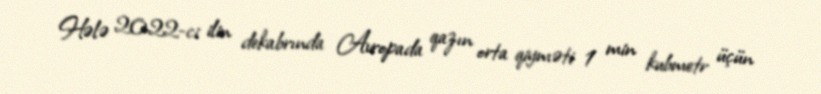
Hələ 2022-ci ilin dekabrında Avropada qazın orta qiyməti 1 min kubmetr üçün